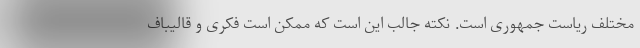
مختلف ریاست جمهوری است. نکته جالب این است که ممکن است فکری و قالیباف